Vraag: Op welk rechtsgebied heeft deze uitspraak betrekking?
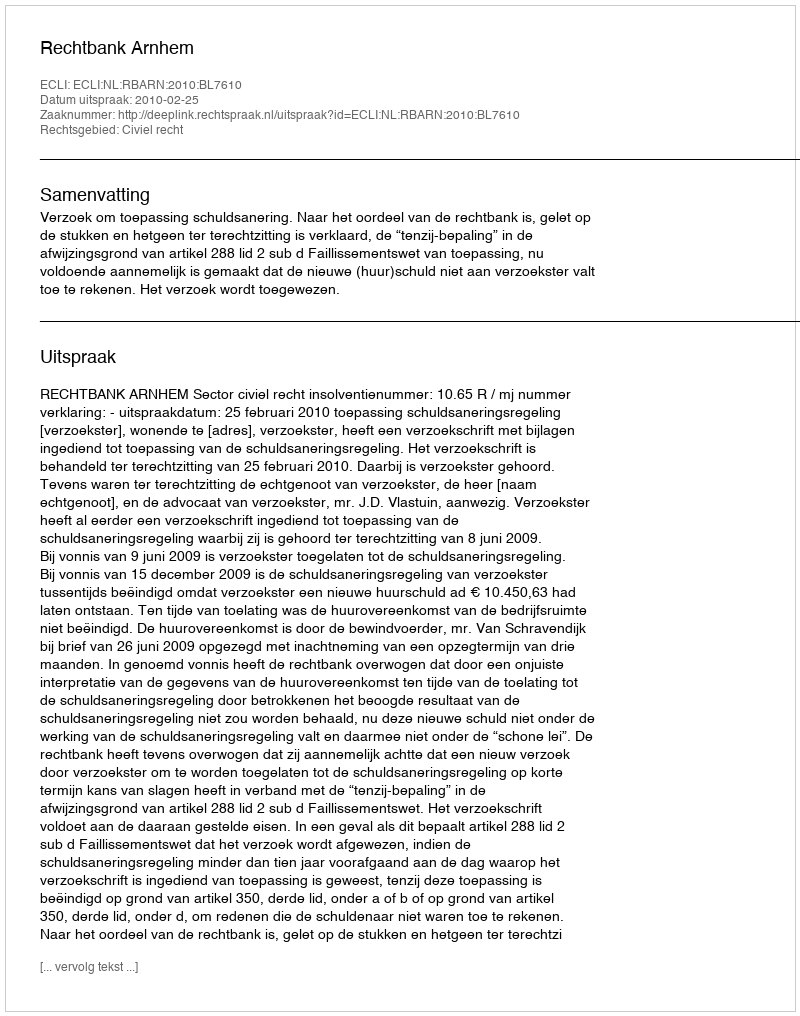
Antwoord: Civiel recht